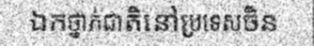
ឯកថ្នាក់ជាតិនៅប្រទេសចិន